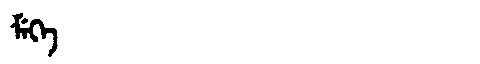
Manchu: ᠮᡝᡴᡝ
Romanization: MEKE